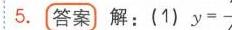
5. \boxed{答案} 解：(1) \(y =\)